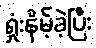
ရှုံးနိမ့်ခဲ့ပြီး